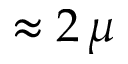
\approx 2 \, \mu